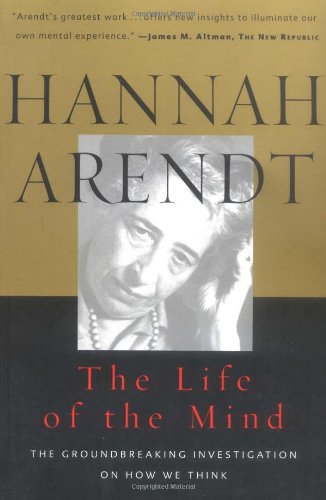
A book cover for The Life of the Mind (Combined 2 Volumes in 1) (Vols 1&2); Hannah Arendt; Politics & Social Sciences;